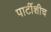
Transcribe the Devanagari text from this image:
पार्टीशीच